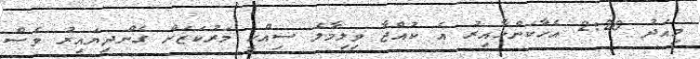
މިއަދު 2:20 އެހާކަންހާއިރު އެ ކުއްޖާ ވިލިމާލެ ސިއްހީ މަރުކަޒަށް ގެންދިޔައިރު ވެސް